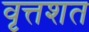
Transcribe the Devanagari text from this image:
वृत्तशत